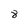
Character: 8